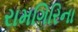
રામગિરિના